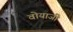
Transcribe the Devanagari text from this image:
वोयाजी